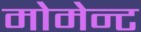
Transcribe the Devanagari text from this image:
मोमेन्ट